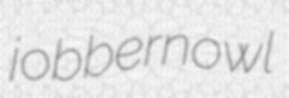
jobbernowl